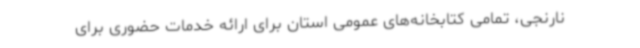
نارنجی، تمامی کتابخانه‌های عمومی استان برای ارائه خدمات حضوری برای